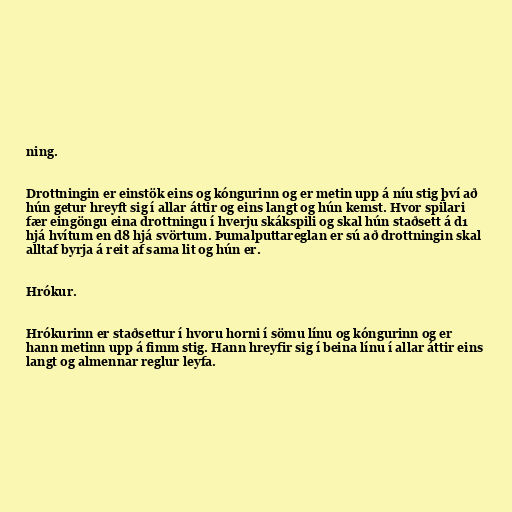
ning.

Drottningin er einstök eins og kóngurinn og er metin upp á níu stig því að
hún getur hreyft sig í allar áttir og eins langt og hún kemst. Hvor spilari
fær eingöngu eina drottningu í hverju skákspili og skal hún staðsett á d1
hjá hvítum en d8 hjá svörtum. Þumalputtareglan er sú að drottningin skal
alltaf byrja á reit af sama lit og hún er.

Hrókur.

Hrókurinn er staðsettur í hvoru horni í sömu línu og kóngurinn og er
hann metinn upp á fimm stig. Hann hreyfir sig í beina línu í allar áttir eins
langt og almennar reglur leyfa.